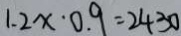
1 . 2 x \cdot 0 . 9 = 2 4 3 0